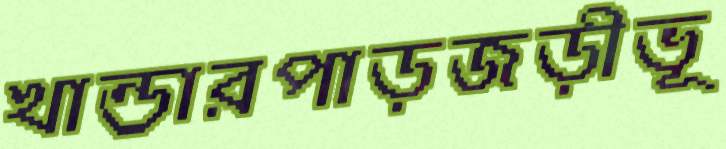
খান্ডারপাড়জড়ীভূ